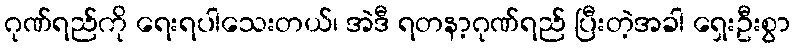
ဂုဏ်ရည်ကို ရေးရပါသေးတယ်၊ အဲဒီ ရတနာ့ဂုဏ်ရည် ပြီးတဲ့အခါ ရှေးဦးစွာ